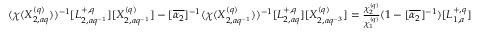
( \chi ( X _ { 2 , a q } ^ { ( q ) } ) ) ^ { - 1 } [ L _ { 2 , a q ^ { - 1 } } ^ { + , q } ] [ X _ { 2 , a q ^ { - 1 } } ^ { ( q ) } ] - [ \overline { { \alpha _ { 2 } } } ] ^ { - 1 } ( \chi ( X _ { 2 , a q ^ { - 1 } } ^ { ( q ) } ) ) ^ { - 1 } [ L _ { 2 , a q } ^ { + , q } ] [ X _ { 2 , a q ^ { - 3 } } ^ { ( q ) } ] = \textstyle \frac { \chi _ { 2 } ^ { ( q ) } } { \chi _ { 1 } ^ { ( q ) } } ( 1 - [ \overline { { \alpha _ { 2 } } } ] ^ { - 1 } ) [ L _ { 1 , a } ^ { + , q } ]